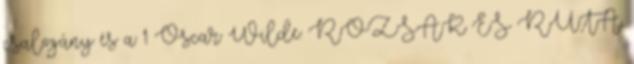
csalogány és a 1 Oscar Wilde: RÓZSÁK ÉS RUTA